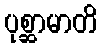
ပုစ္ဆာမာတိ